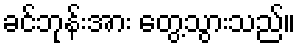
ခင်ဘုန်းအား တွေ့သွားသည်။